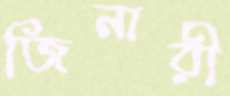
জিনারী